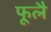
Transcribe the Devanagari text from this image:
फूलै